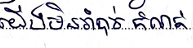
យើងមិនចាំបាច់កំណត់